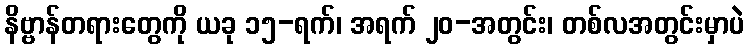
နိဗ္ဗာန်တရားတွေကို ယခု ၁၅-ရက်၊ အရက် ၂၀-အတွင်း၊ တစ်လအတွင်းမှာပဲ